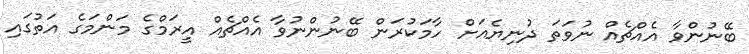
ބޭނުންވާ އެއްޗެއް ނުވަތަ ދުނިޔެއަށް ހާމަކުރަން ބޭނުންނުވާ އެއްޗެއް އީރަމްގެ މަންމަގެ އަތުގައި